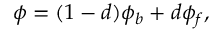
\begin{array} { r } { \phi = ( 1 - d ) \phi _ { b } + d \phi _ { f } , } \end{array}